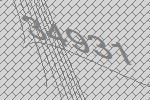
34931